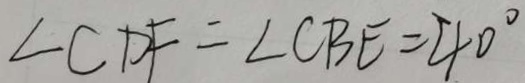
\angle C D F = \angle C B E = 4 0 ^ { \circ }